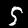
Label: 5